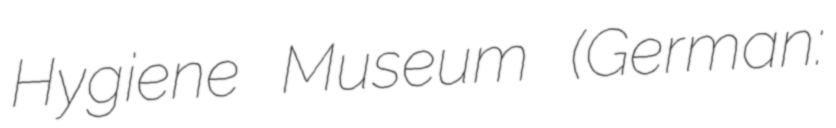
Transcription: Hygiene Museum (German: